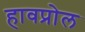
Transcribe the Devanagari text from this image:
हावप्रोल